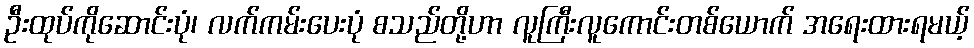
ဦးထုပ်ကိုဆောင်းပုံ၊ လက်ကမ်းပေးပုံ စသည်တို့ဟာ လူကြီးလူကောင်းတစ်ယောက် အရေးထားရမယ့်